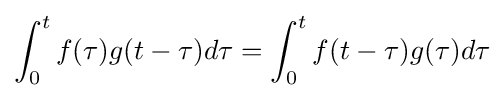
\int _{0}^{t}f(\tau )g(t-\tau )d\tau =\int _{0}^{t}f(t-\tau )g(\tau )d\tau